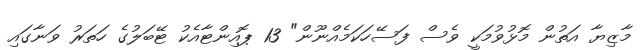
މާޒިޔާ އަތުން މޮޅުވުމަކީ ވެސް ފަސޭހަކަމެއްނޫން" 13 ޕޮއިންޓާއެކު ޓޭބަލުގެ ހަތަރު ވަނާގައި